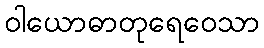
ဝါယောဓာတုရေဝေသာ